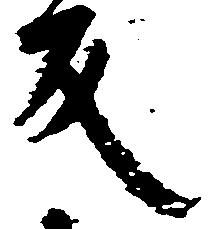
反